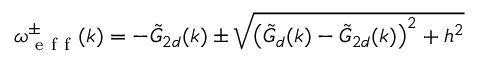
\omega _ { \mathrm { ~ e ~ f ~ f ~ } } ^ { \pm } ( k ) = - \tilde { G } _ { 2 d } ( k ) \pm \sqrt { \left( \tilde { G } _ { d } ( k ) - \tilde { G } _ { 2 d } ( k ) \right) ^ { 2 } + h ^ { 2 } }